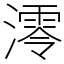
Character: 澪